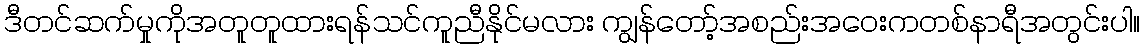
ဒီတင်ဆက်မှုကိုအတူတူထားရန်သင်ကူညီနိုင်မလား ကျွန်တော့်အစည်းအဝေးကတစ်နာရီအတွင်းပါ။